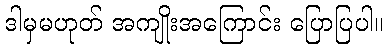
ဒါမှမဟုတ် အကျိုးအကြောင်း ပြောပြပါ။